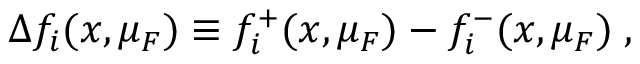
\Delta f _ { i } ( x , \mu _ { F } ) \equiv f _ { i } ^ { + } ( x , \mu _ { F } ) - f _ { i } ^ { - } ( x , \mu _ { F } ) \; ,